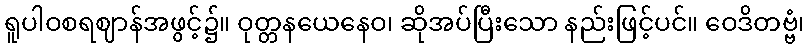
ရူပါဝစရဈာန်အဖွင့်၌။ ဝုတ္တနယေနေဝ၊ ဆိုအပ်ပြီးသော နည်းဖြင့်ပင်။ ဝေဒိတဗ္ဗံ၊